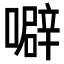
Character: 噼